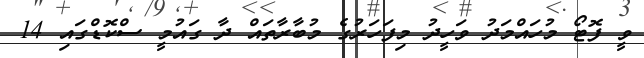
ވީ ފޮޓޯ މުހައްމަދު ވަހީދު މިފަހަރުގެ މުބާރާތައް ދާ ގައުމީ ސްކޮޑްގައި 14